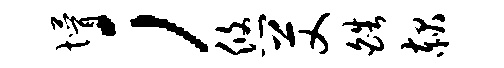
懵；悠艾皓赧